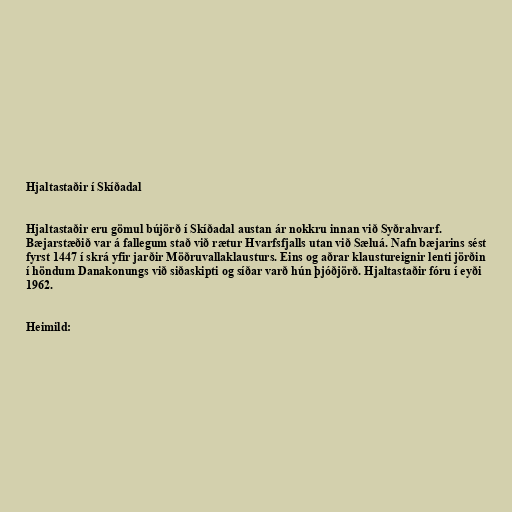
Hjaltastaðir í Skíðadal

Hjaltastaðir eru gömul bújörð í Skíðadal austan ár nokkru innan við Syðrahvarf.
Bæjarstæðið var á fallegum stað við rætur Hvarfsfjalls utan við Sæluá. Nafn bæjarins sést
fyrst 1447 í skrá yfir jarðir Möðruvallaklausturs. Eins og aðrar klaustureignir lenti jörðin
í höndum Danakonungs við siðaskipti og síðar varð hún þjóðjörð. Hjaltastaðir fóru í eyði
1962.

Heimild: